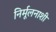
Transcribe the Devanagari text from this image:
निर्मूलनाशी